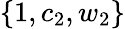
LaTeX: \{ 1,c_{2},w_{2}\}